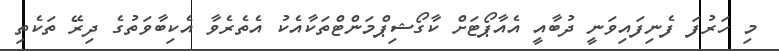
މި ހަރުފަ ފެނިފައިވަނީ ދުބާއީ އެއާޕޯޓަށް ކާގޯޝިޕްމަންޓްތަކާއެކު އެތެރެވާ އެކިބާވަތުގެ ދިރޭ ތަކެތި